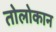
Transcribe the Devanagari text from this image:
तोलोकान